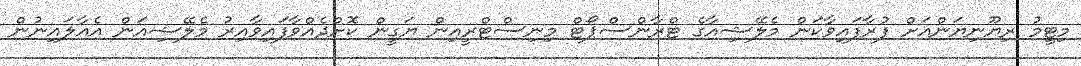
މިޓީމު ރިޔޫނިޔަންއަށް ފުރާފައިވާކަން މެލޭޝިއާގެ ޓްރާންސްޕޯޓް މިނިސްޓްރީއިން ޔަގީން ކޮށްދެއްވާފައިވާއިރު މެލޭޝިއަން އެއާލައިނުން